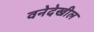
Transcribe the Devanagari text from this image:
वनेदेखील